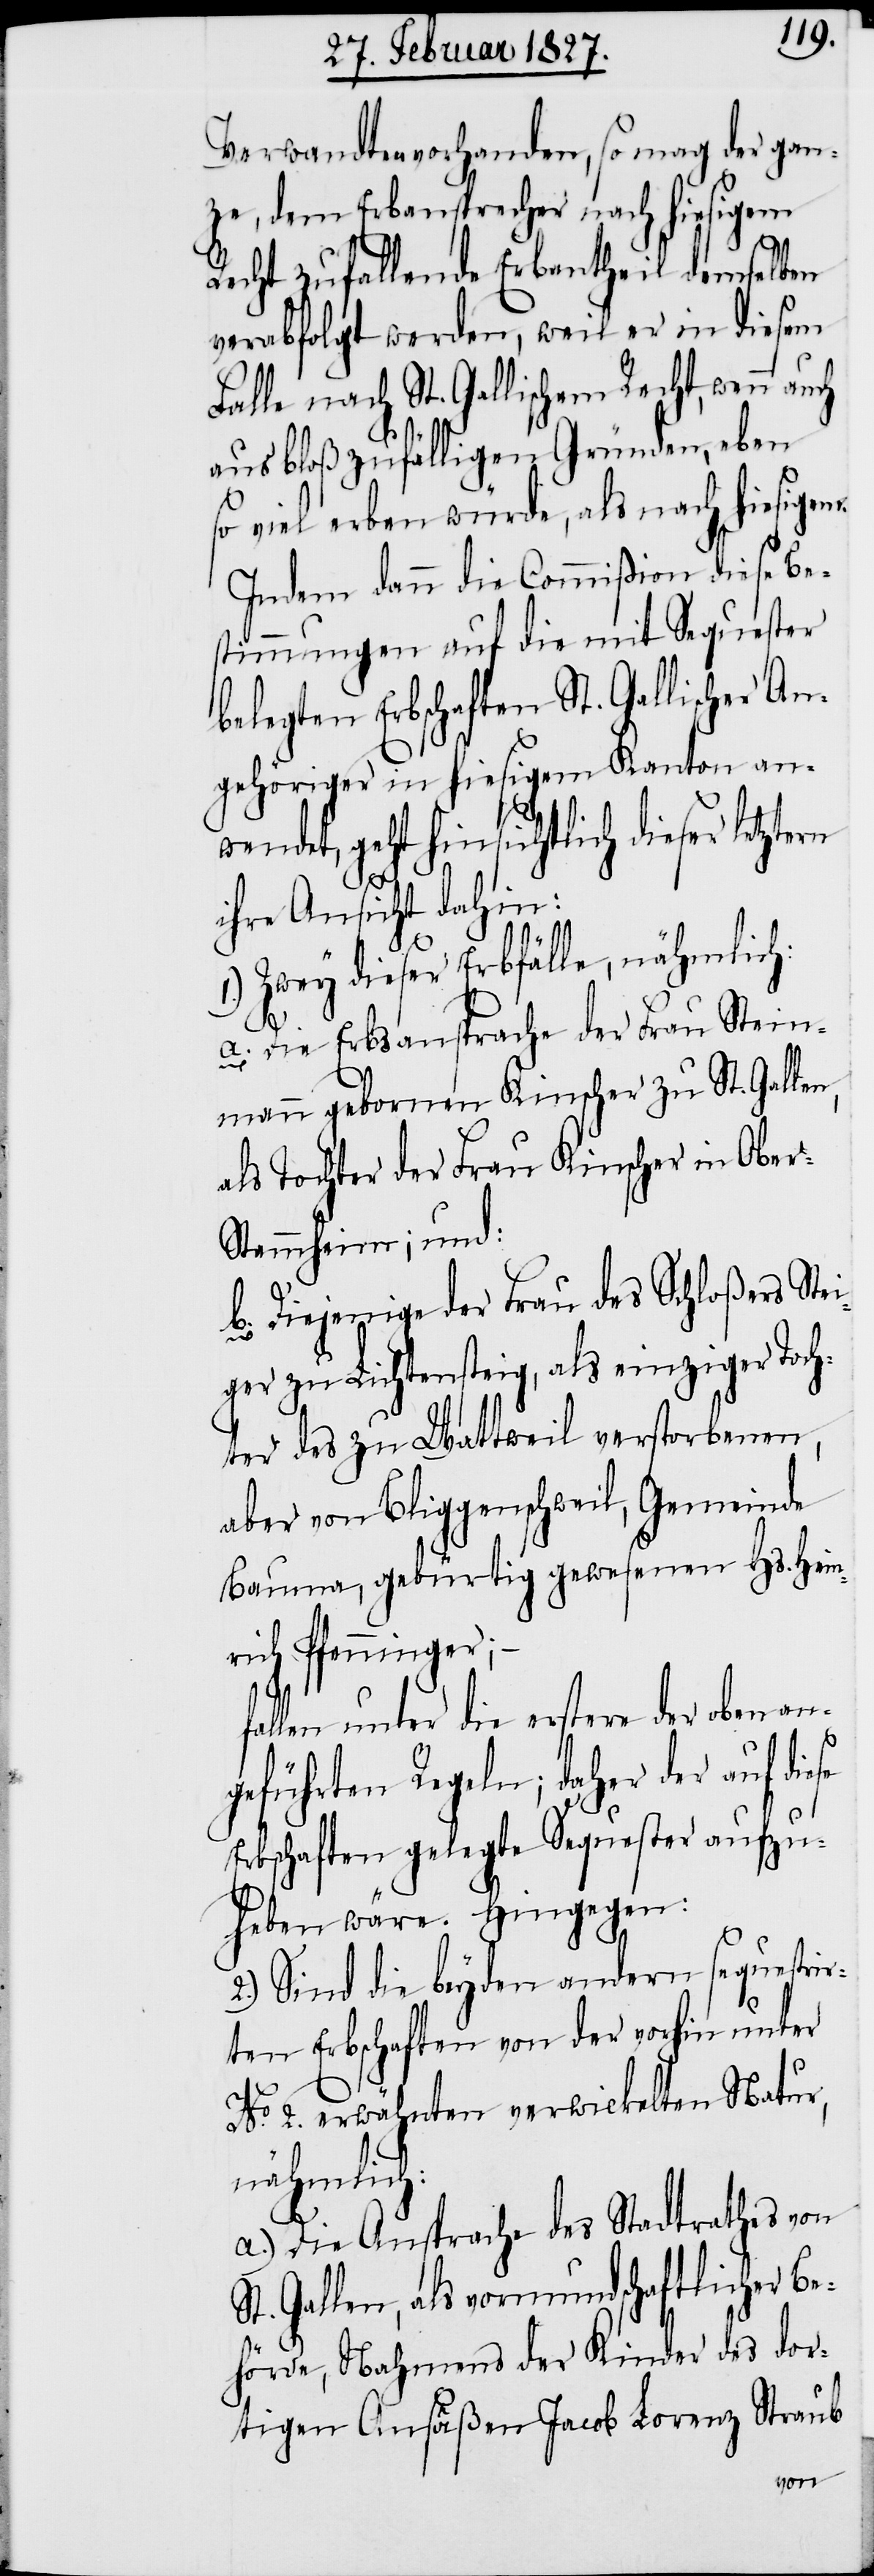
Verwandten vorhanden, so mag der gan¬
ze, dem Erbansprecher nach hiesigem
Recht zufallende Erbantheil demselben
verabfolgt werden, weil er in diesem
Falle nach St. Gallischem Recht, wenn
aus bloß zufälligen Gründen, eben
so viel erben würde, als nach hiesigem.
Indem dann die Commißion diese Be¬
stimmungen auf die mit Sequester
belegten Erbschaften St. Gallischer An¬
gehöriger in hiesigem Kanton an¬
wendet, geht hinsichtlich dieser letzte¬
rn
ihrer Ansicht dahin:
1.) Zwey dieser Erbfälle, nähmlich:
a. Die Erbsansprache der Frau Stein¬
mann gebornen Kinscher zu St. Gallen,
als Tochter der Frau Kinscher in Obe¬
r-Stammheim; und:
b. Diejenige der Frau des Schloßers Stei¬
ger zu Lichtensteig, als einziger Toch¬
ter des zu Wattweil verstorbenen,
aber von Bliggenschweil, Gemeinde
Bauma, gebürtig gewesenen Hs. Hein¬
rich Pfenninger;
fallen unter die erstere der oben
se
geführten Regeln; daher der auf die¬
Erbschaften gelegte Sequester aufzu¬
heben wäre. Hingegen:
2.) Sind die beyden andern sequestir¬
ten Erbschaften von der vorhin unter
No. 2. erwähnten verwickelten Natur,
nähmlich:
a.) Die Ansprache des Stadtrathes von
St. Gallen, als vormundschaftlicher Be¬
hörde, Nahmens der Kinder des dor¬
tigen Ansäßen Jacob Lorenz Straub